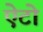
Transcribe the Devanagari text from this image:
ऐटो